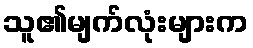
သူ၏မျက်လုံးများက